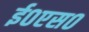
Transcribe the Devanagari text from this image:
ई०एस०